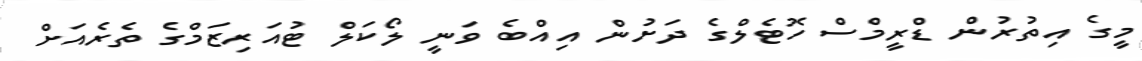
މީގެ އިތުރުން ޑްރީމްސް ހޮޓެލްގެ ދަށުން އިއްބެ ވަނީ ލޯކަލް ޓުއަރިޒަމްގެ ތެރެއަށް